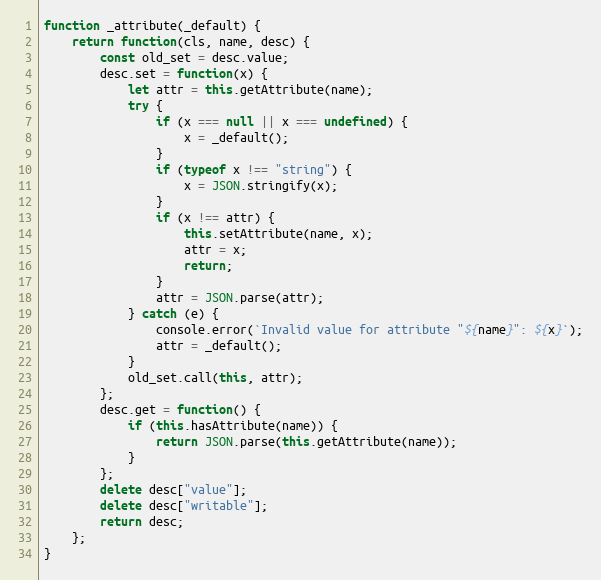
Language: JavaScript
function _attribute(_default) {
    return function(cls, name, desc) {
        const old_set = desc.value;
        desc.set = function(x) {
            let attr = this.getAttribute(name);
            try {
                if (x === null || x === undefined) {
                    x = _default();
                }
                if (typeof x !== "string") {
                    x = JSON.stringify(x);
                }
                if (x !== attr) {
                    this.setAttribute(name, x);
                    attr = x;
                    return;
                }
                attr = JSON.parse(attr);
            } catch (e) {
                console.error(`Invalid value for attribute "${name}": ${x}`);
                attr = _default();
            }
            old_set.call(this, attr);
        };
        desc.get = function() {
            if (this.hasAttribute(name)) {
                return JSON.parse(this.getAttribute(name));
            }
        };
        delete desc["value"];
        delete desc["writable"];
        return desc;
    };
}